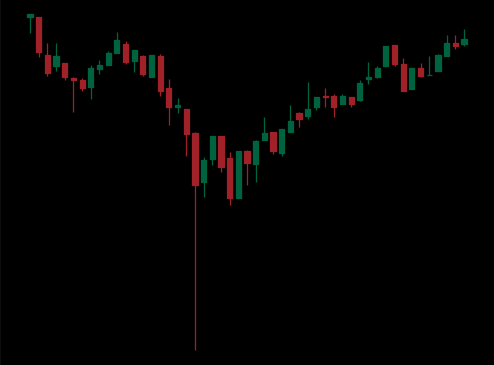
Pattern: inverse_head_shoulders